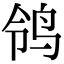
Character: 鸰